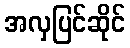
အလှပြင်ဆိုင်